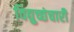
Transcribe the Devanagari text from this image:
विद्युच्छंचारी